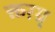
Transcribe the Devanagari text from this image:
क्तग़्ग्र्